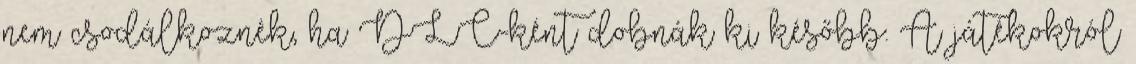
nem csodálkoznék, ha DLC-ként dobnák ki később. A játékokról